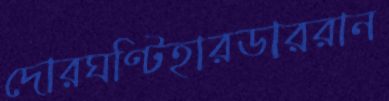
দোরঘণ্টিহারডাররান